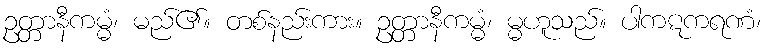
ဥတ္တာနီကမ္မံ၊ မည်၏။ တစ်နည်းကား။ ဥတ္တာနီကမ္မံ၊ မ္မဟူသည်။ ပါကဋကရဏံ၊